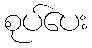
စုပ်ပေး